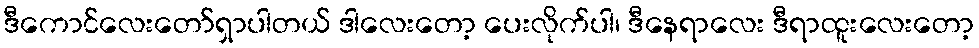
ဒီကောင်လေးတော်ရှာပါတယ် ဒါလေးတော့ ပေးလိုက်ပါ၊ ဒီနေရာလေး ဒီရာထူးလေးတော့